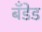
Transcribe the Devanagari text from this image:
बँडेड